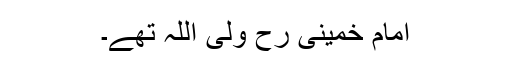
امام خمینی رح ولی اللہ تھے۔